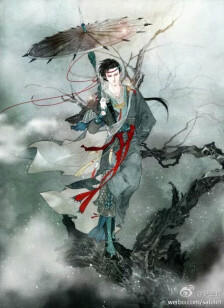
几度红窗，误认鸣镳。断肠风月可怜宵。